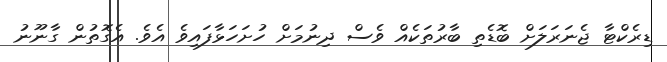
ޑިރެކްޓާ ޖެނަރަލަށް ބޮޑެތި ބާރުތަކެއް ވެސް ދިނުމަށް ހުށަހަޅާފައިވެ އެވެ. އެގޮތުން ގާނޫނު